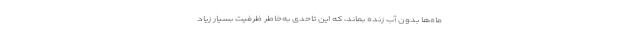
ماه‌ها بدون آب زنده بماند، که این تاحدی به‌خاطر ظرفیت بسیار زیاد